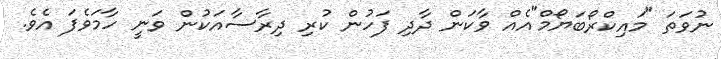
ނުވަތަ "މައިކްރޯބަޔޯމް"އެއް ވާކަން ދާދި ފަހުން ކުރި ދިރާސާއަކުން ވަނީ ހާމަވެފަ އެވެ.